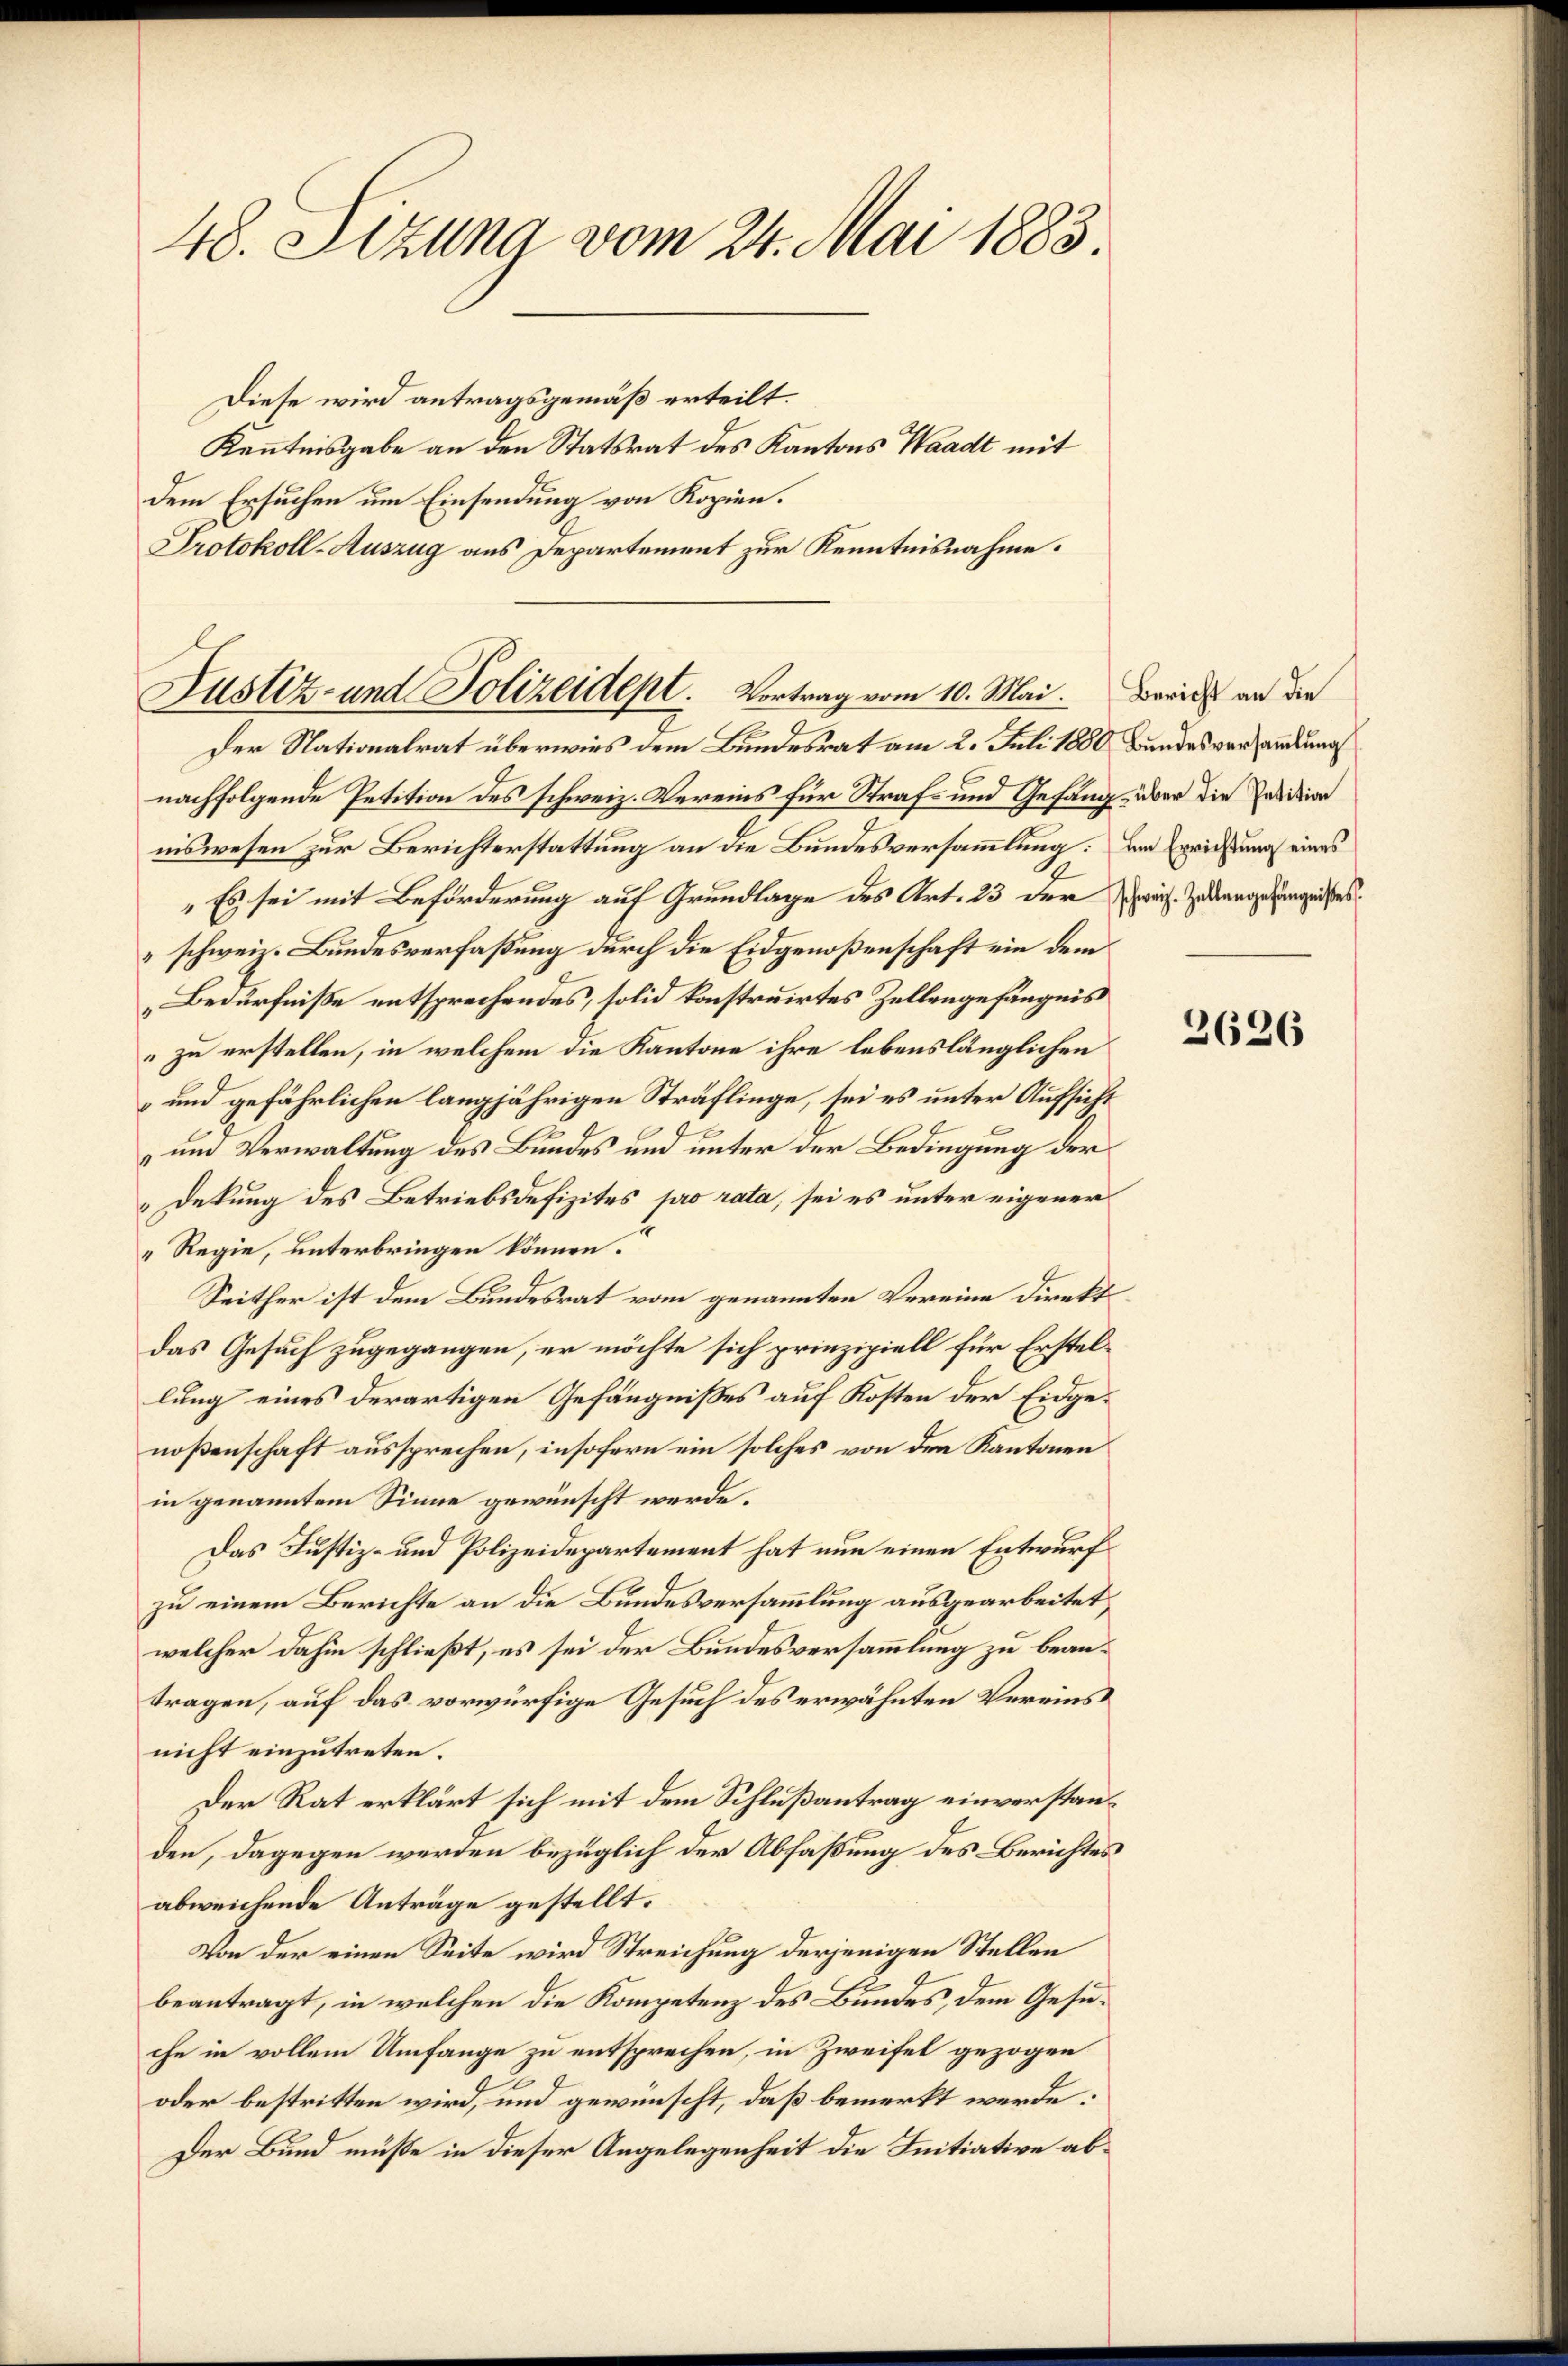
48. Sitzung vom 24. Mai 1883

Diese wird antragsgemäß erteilt.
Kenntnisgabe an den Statsrat des Kantons Waadt mit
dem Ersuchen um Einsendung von Kopien.
Protokoll-Auszug aus Departement zur Kenntnisnahme.

Justiz- und Polizeidept. Vortrag vom 10. Mai.
Der Nationalrat überwies dem Bundesrat am 2. Juli 1880 Bundesversammlung

nachfolgende Petition des schweiz. Vereins für Straf- und Gefang, über die Position
niswesen zur Berichterstattung an die Bundesversammlung: Der Errichtung eines
"Es sei mit Beförderung auf Grundlage des Art. 23 der Zeich. Zudrangefängnißes
schweiz. Bundesverfaßung durch die Eidgenoßenschaft ein dem
Bedürfniße entsprechendes, solid konstruirtes Zellengefängnis
zu erstellen, in welchem die Kantone ihre lebenslänglichen
und gefährlichen langjährigen Sträflinge, sei es unter Aufsicht
un Verwaltung des Bundes und unter der Bedingung der
Dekung des Betriebsdefizites pro rata, sei es unter eigener
Regie, unterbringen können.
Seither ist dem Bundesrat vom genannten Vereine Direkt
das Gesuch zugegangen, er möchte sich prinzipiell für Erstellung eines derartigen Gefängnißes auf Kosten der Eidgenoßenschaft aussprechen, insofern ein solches von den Kantonen
in genanntem Sinne gewünscht werde.
Das Justiz- und Polizeidepartement hat nun einen Entwurf
zu einem Berichte an die Bundesversammlung ausgearbeitet,
welcher dahin schließt, es sei der Bundesversammlung zu beantragen, auf das vorwürfige Gesuch des erwähnten Vereins
nicht einzutreten.
Der Rat erklärt sich mit dem Schlußantrag einverstanden, dagegen werden bezüglich der Abfaßung des Berichtes
abweichende Anträge gestellt.
Von der einen Seite wird Streichung derjenigen Stellen
beantragt, in welchen die Kompetenz des Bundes, dem Gesuche in vollem Umfange zu entsprechen, in Zweifel gezogen
oder bestritten wird, und gewünscht, daß bemerkt werde:
Der Bund müße in dieser Angelegenheit die Initiative ab¬

Bericht an die

3626